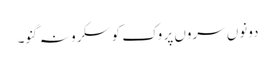
دونوں سروں پر وک کو سکرو نہ گنو۔